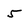
Character: 5